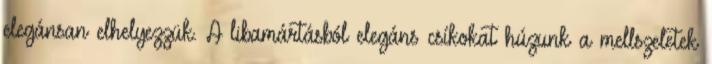
elegánsan elhelyezzük. A libamártásból elegáns csíkokat húzunk a mellszeletek